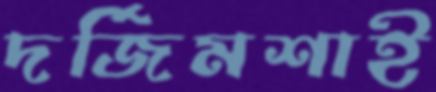
দর্জিমশাই